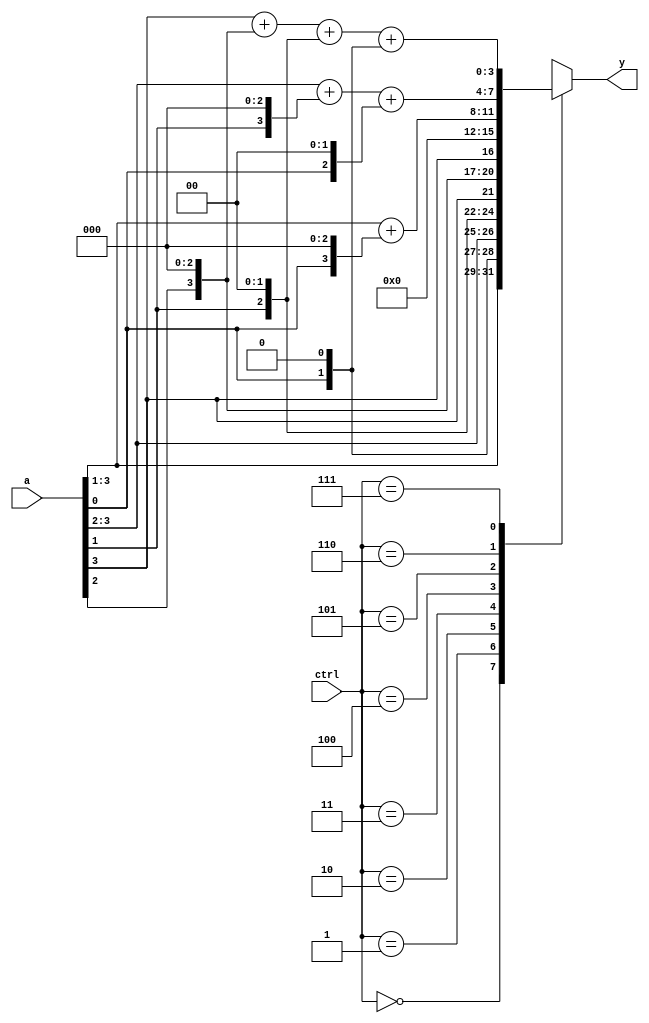
`timescale 1ns / 1ps
//////////////////////////////////////////////////////////////////////////////////
// Company: 
// Engineer: 
// 
// Design Name: 
// Module Name: r_shift_rot
// Project Name: 
// Target Devices: 
// Tool Versions: 
// Description: 
// 
// Dependencies: 
// 
// Revision:
// Revision 0.01 - File Created
// Additional Comments:
// 
//////////////////////////////////////////////////////////////////////////////////


module r_shift_rot(ctrl, a, y);
input [2:0] ctrl;
input [3:0] a;
output reg [3:0] y;

reg i;
reg i2;
reg i3;

integer n;

always @ (a)
begin
    casez (ctrl)
        3'b000: y = a;
        3'b001: y = a >> 1;
        3'b010: y = a >> 2;
        3'b011: y = a >> 3;
        3'b100: y = a >> 4;
        3'b101: 
            begin
                i = a[0];
                y = (a >> 1) + {i, 3'b0};
            end
        3'b110: 
            begin
                    i = a[0];
                    i2 = a[1];
                    y = (a >> 2) + {i2, 3'b0} + {i, 2'b0};
            end
        3'b111: 
            begin
                    i = a[0];
                    i2 = a[1];
                    i3 = a[2];
                    y = (a >> 3) + {i3, 3'b0} + {i2, 2'b0} + {i, 1'b0};
            end
        default: y = 0;
    endcase
end
endmodule